Report of the Indian Hemp Drugs Commission, 1894-1895 - Volume VIII
Year: 1894
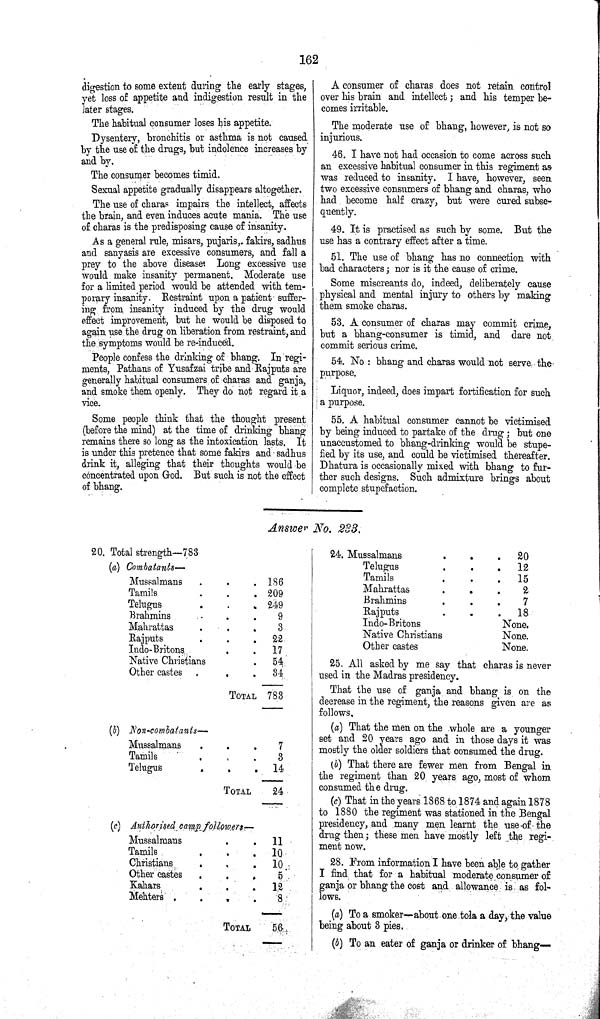
162
digestion to some extent during the early stages,
yet loss of appetite and indigestion result in the
later stages.
The habitual consumer loses his appetite.
Dysentery, bronchitis or asthma is not caused
by the use of the drugs, but indolence increases by
and by.
The consumer becomes timid.
Sexual appetite gradually disappears altogether.
The use of charas impairs the intellect, affects
the brain, and even induces acute mania. The use
of charas is the predisposing cause of insanity.
As a general rule, misars, pujaris,. fakirs, sadhus
and sanyasis are excessive consumers, and fall a
prey to the above disease Long excessive use
would make insanity permanent. Moderate use
for a limited period would be attended with tem¬
porary insanity. Restraint upon a patient suffer¬
ing from insanity induced by the drug would
effect improvement, but he would be disposed to
again use the drug on liberation from restraint, and
the symptoms would be re-induced.
People confess the drinking of bhang. In regi¬
ments, Pathans of Yusafzai tribe and Rajputs are
generally habitual consumers of charas and ganja,
and smoke them openly. They do not regard it a
vice.
Some people think that the thought present
(before the mind) at the time of drinking bhang
remains there so long as the intoxication lasts. It
is under this pretence that some fakirs and sadhus
drink it, alleging that their thoughts would be
concentrated upon God. But such is not the effect
of bhang.
A consumer of charas does not retain control
over his brain and intellect; and his temper be¬
comes irritable.
The moderate use of bhang, however, is not so
injurious.
46. I have not had occasion to come across such
an excessive habitual consumer in this regiment as
was reduced to insanity. I have, however, seen
two excessive consumers of bhang and charas, who
had become half crazy, but were cured subse¬
quently.
49. It is practised as such by some. But the
use has a contrary effect after a time.
51. The use of bhang has no connection with
bad characters; nor is it the cause of crime.
Some miscreants do, indeed, deliberately cause
physical and mental injury to others by making
them smoke charas.
53. A consumer of charas may commit crime,
but a bhang-consumer is timid, and dare not
commit serious crime.
54. No: bhang and charas would not serve the
purpose.
Liquor, indeed, does impart fortification for such
a purpose.
55. A habitual consumer cannot be victimised
by being induced to partake of the drug; but one
unaccustomed to bhang-drinking would be stupe¬
fied by its use, and could be victimised thereafter.
Dhatura is occasionally mixed with bhang to fur¬
ther such designs. Such admixture brings about
complete stupefaction.
Answer No. 283.
20. Total strength—783
(a)
Combatants—
Mussalmans
186
Tamils
209
Telugus
249
Brahmins
9
Mahrattas
3
Rajputs
22
Indo-Britons
17
Native Christians
54
Other castes
34
TOTAL 783
(b)
Non-combatants—
Mussalmans
7
Tamils
3
Telugus
14
TOTAL
24
(c) Authorised camp followers—
Mussalmans
11
Tamils
10
Christians
10
Other castes
5
Kahars
12
Mehters
8
TOTAL
56
24. Mussalmans
20
Telugus
12
Tamils
15
Mahrattas
2
Brahmins
7
Rajputs
18
Indo-Britons
None.
Native Christians
None.
Other castes
None.
25. All asked by me say that charas is never
used in the Madras presidency.
That the use of ganja and bhang is on the
decrease in the regiment, the reasons given are as
follows.
(a) That the men on the whole are a younger
set and 20 years ago and in those days it was
mostly the older soldiers that consumed the drug.
(b) That there are fewer men from Bengal in
the regiment than 20 years ago, most of whom
consumed the drug.
(c) That in the years 1868 to 1874 and again 1878
to 1880 the regiment was stationed in the Bengal
presidency, and many men learnt the use of the
drug then; these men have mostly left the regi¬
ment now.
28. From information I have been able to gather
I find that for a habitual moderate consumer of
ganja or bhang the cost and allowance is as fol¬
lows.
(a) To a smoker-about one tola a day, the value
being about 3 pies.
(b) To an eater of ganja or drinker of bhang—